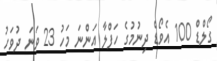
ގޯލްޑް 100 އެވޯޑް ދިނުމުގެ ހަފްލާ އަންނަ މަހު 23 ވަނަ ދުވަހު